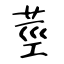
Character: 莖